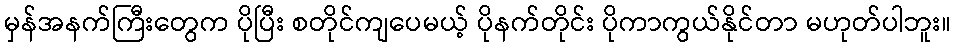
မှန်အနက်ကြီးတွေက ပိုပြီး စတိုင်ကျပေမယ့် ပိုနက်တိုင်း ပိုကာကွယ်နိုင်တာ မဟုတ်ပါဘူး။